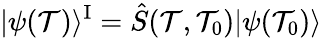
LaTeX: |\psi(\mathcal{T})\rangle^{\mathrm{{I}}}=\hat{{S}}(\mathcal{T},\mathcal{T}_{0})|\psi(\mathcal{T}_{0})\rangle